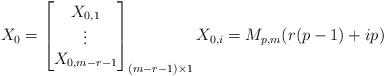
LaTeX: \begin{align*}X_0 =\begin{bmatrix}X_{0,1} \\\vdots \\X_{0,m-r-1}\end{bmatrix}_{(m-r-1) \times 1} X_{0,i} = M_{p,m}( r(p-1)+ip)\end{align*}